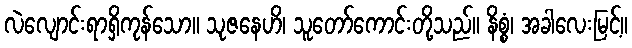
လဲလျောင်းရာရှိကုန်သော။ သုဇနေဟိ၊ သူတော်ကောင်းတို့သည်။ နိစ္စံ၊ အခါလေးမြင့်။